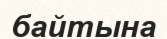
байтына